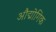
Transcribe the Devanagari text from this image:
औद्मोगिक